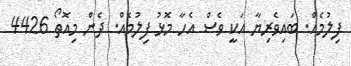
ފިލުމެއް. ބައިވެރިޔާ އަކީ ވެސް އެހާ މޮޅު ފިލުމެއް. ދެން މިއޮތޯ 4426